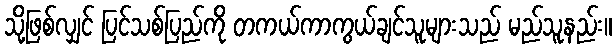
သို့ဖြစ်လျှင် ပြင်သစ်ပြည်ကို တကယ်ကာကွယ်ချင်သူများသည် မည်သူနည်း။